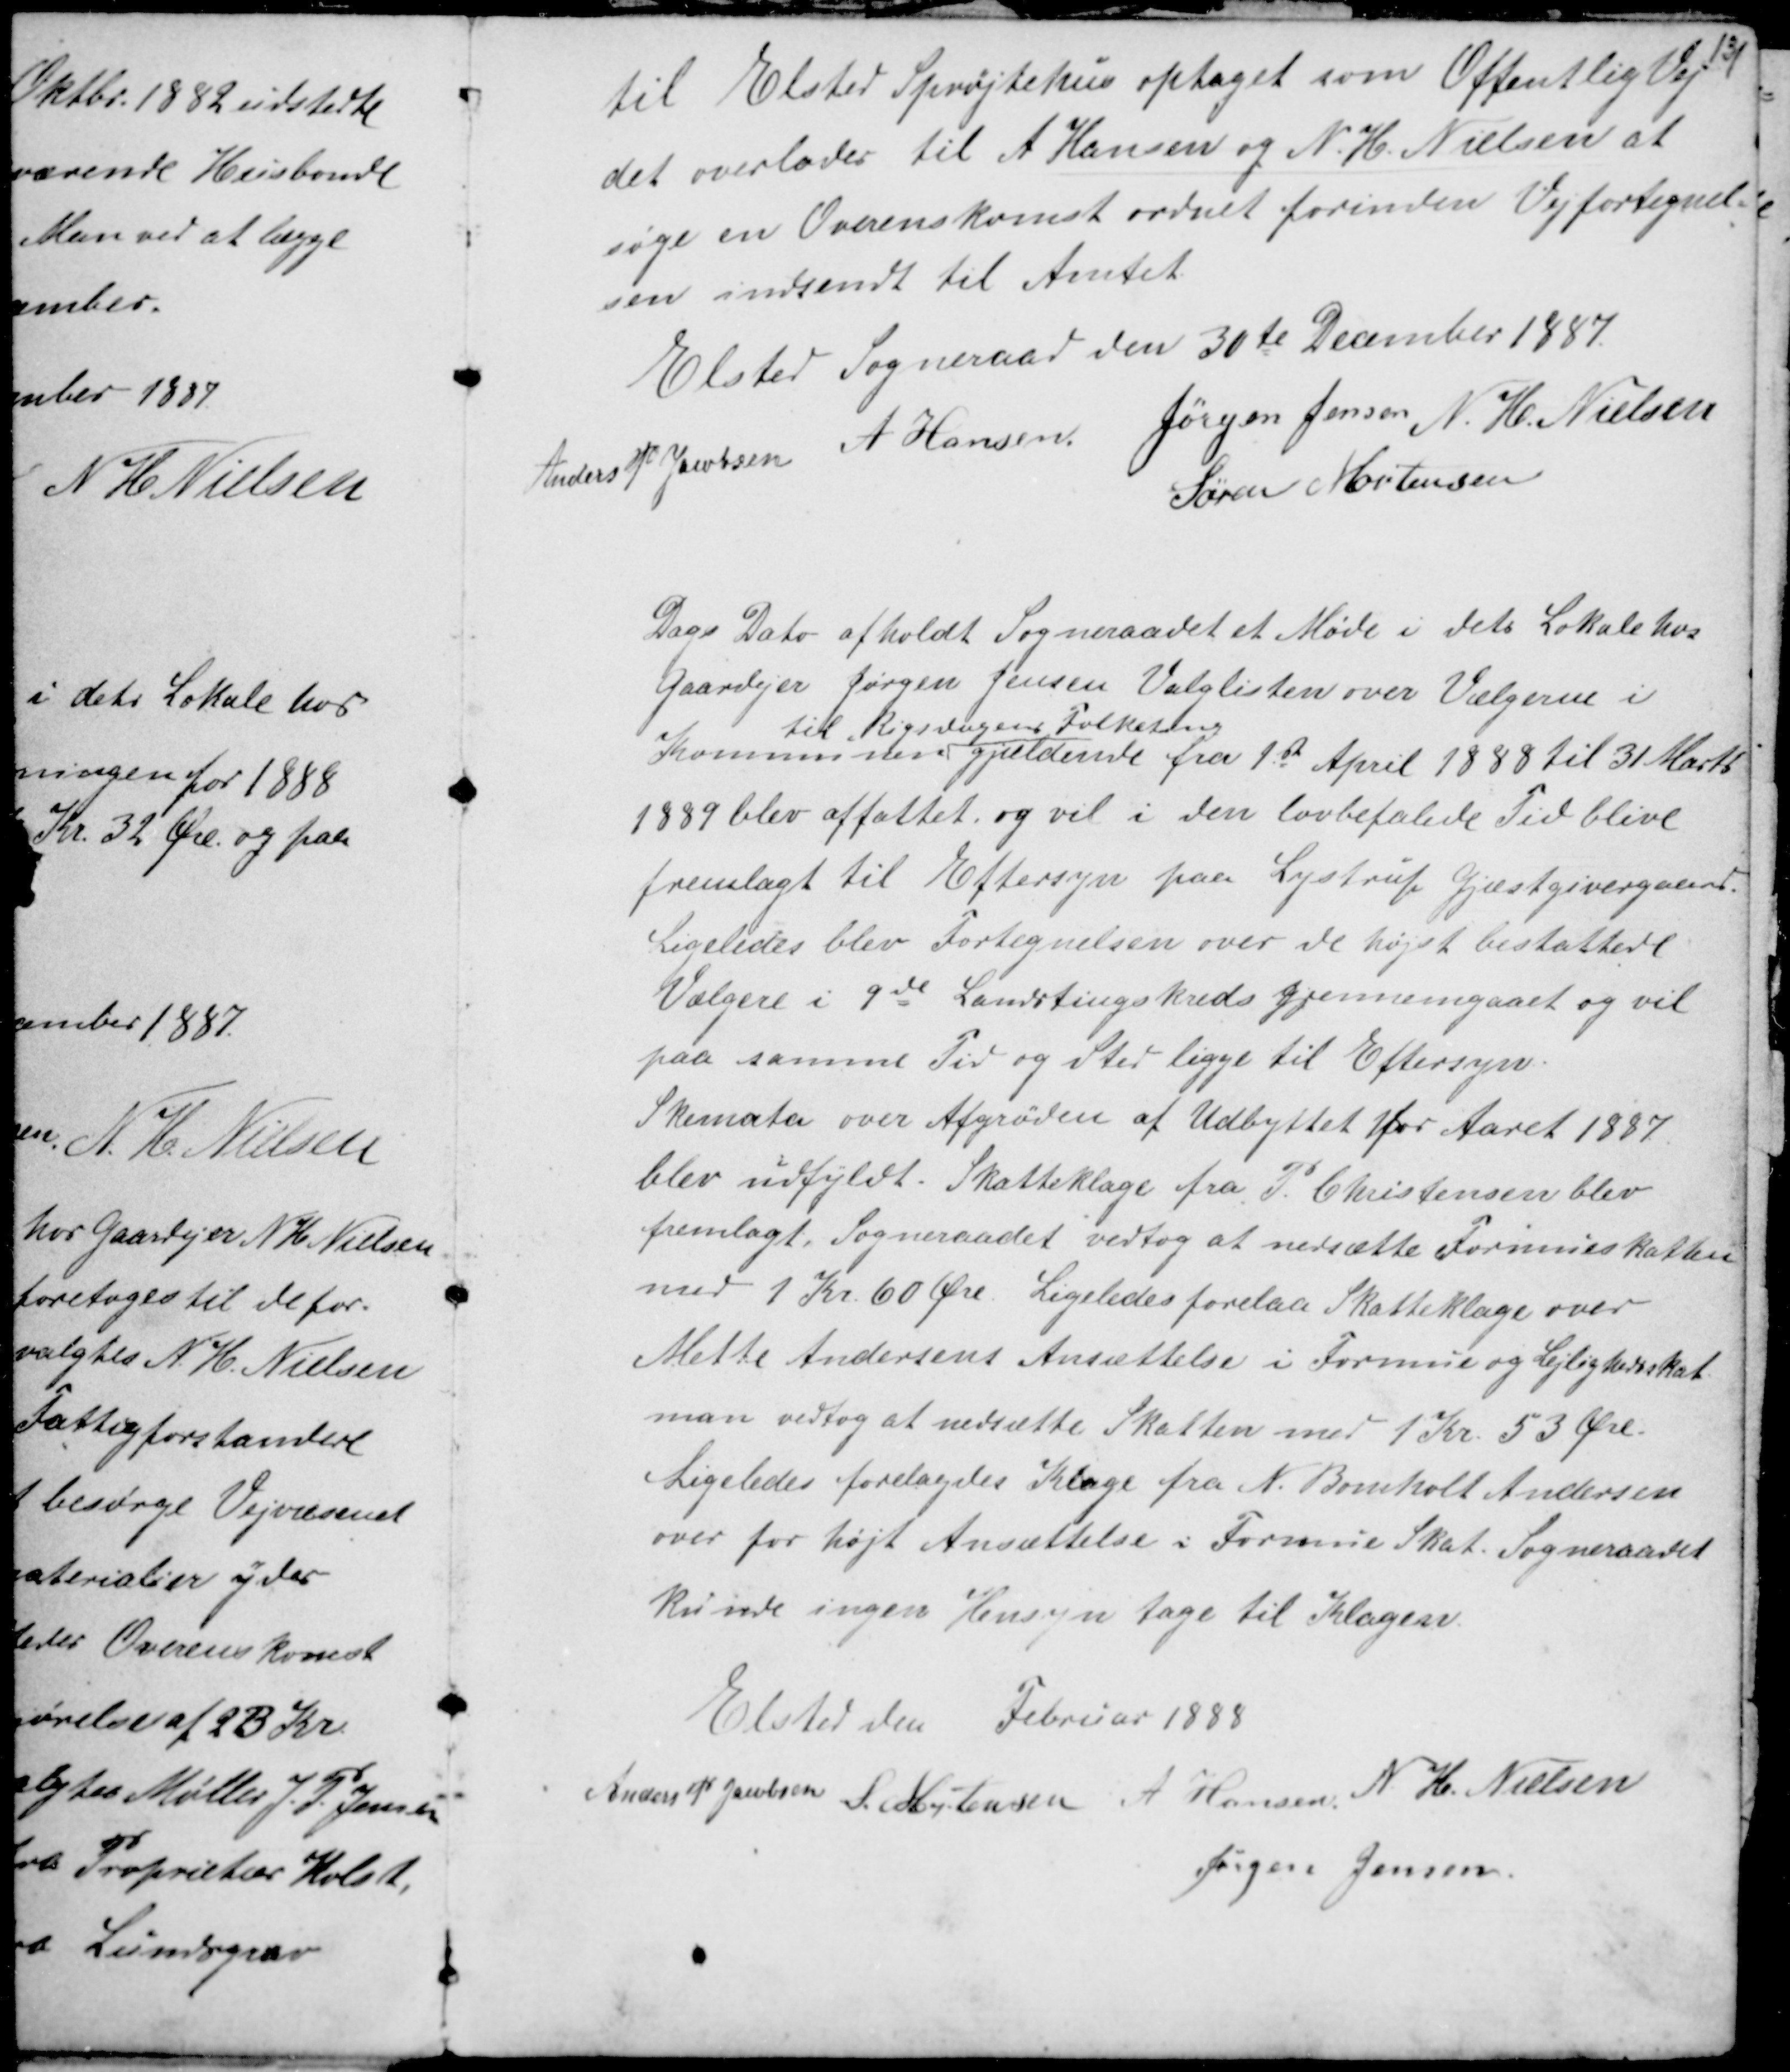
Transskription:
til Elsted Sprøjtehus optaget som Offentlig Vej
det overlodes til A Hansen og N.H. Nielsen at
søge en Overenskomst ordnet forinden Vejfortegnel-
sen indsendt til Amtet.

Elsted Sogneraad den 30te December 1887
Anders P Jacobsen A Hansen Jørgen Jensen N. H. Nielsen
Søren Mortensen

Dags Dato afholdt Sogneraadet Møde i dets Lokale hos
Gaardejer Jørgen Jensen Valglisterne over Valgene i
Kommunen
til Rigsdagens Folketing
gjældende fra 1st April 1888 til 31 Marts
1889 blev affattet og vil i den lovbefalede Tid blive
fremlagt til Eftersyn paa Lystrup Gjæstgivergaard.
Ligeledes blev Fortegnelsen over de højst beskattede
Vælgere i 9de Landstingskreds gjennemgaaet og vil
paa samme Tid og Sted ligge til Eftersyn.
Skemata over Afgrøden af Udbyttet for Aaret 1887
blev udfyldt. Skatteklage fra P. Christensen blev
fremlagt. Sogneraadet vedtog at nedsætte Formueskatten
med 1 Kr. 60 Øre. Ligeledes forelaa Skatteklage over
Mette Andersens Ansættelse i Formue og Lejlighedsskat.
man vedtog at nedsætte Skatten med 1 Kr. 50 Øre.
Ligeledes forelagdes Klage fra N. Bomholt Andersen
over for højt Ansættelse i Formue Skat. Sogneraadet
kunde ingen Hensyn tage til Klagen.

Elsted den  Februar 1888
Anders P Jensen S. Mortensen A Hansen N. H. Nielsen
Jørgen Jensen